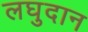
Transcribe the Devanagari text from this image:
लघुदान